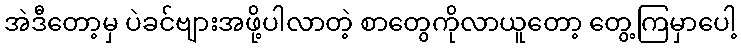
အဲဒီတော့မှ ပဲခင်ဗျားအဖို့ပါလာတဲ့ စာတွေကိုလာယူတော့ တွေ့ကြမှာပေါ့